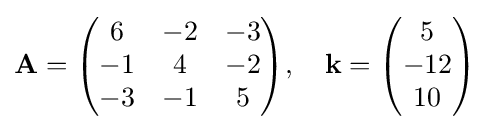
\mathbf {A} ={\begin{pmatrix}6&-2&-3\\-1&4&-2\\-3&-1&5\end{pmatrix}},\quad \mathbf {k} ={\begin{pmatrix}5\\-12\\10\end{pmatrix}}